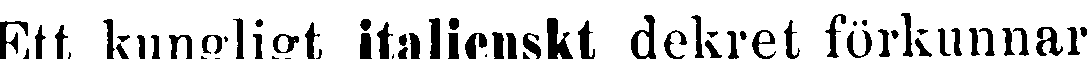
Ett kungligt italienskt dekret förkunnar